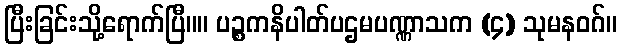
ပြီးခြင်းသို့ရောက်ပြီ။။ ပဉ္စကနိပါတ်ပဌမပဏ္ဏာသက (၄) သုမနဝဂ်။